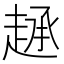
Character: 𫎷